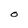
Character: O